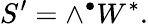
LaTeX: S^{\prime}=\wedge^{\bullet}W^{*}.